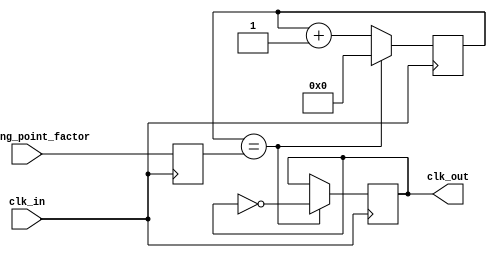
module floating_point_clock_divider (
    input wire clk_in,
    input wire [31:0] floating_point_factor,
    output reg clk_out
);

reg [31:0] counter;
reg [31:0] divider_value;

always @ (posedge clk_in) begin
    counter <= counter + 1;
    
    if(counter == divider_value) begin
        clk_out <= ~clk_out;
        counter <= 0;
    end
end

always @ (posedge clk_in) begin
    divider_value <= floating_point_factor;
end


endmodule